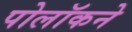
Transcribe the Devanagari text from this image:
पोलॉकने